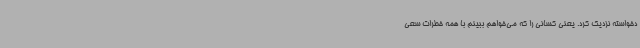
دخواسته نزدیک کرد. یعنی کسانی را که می‌خواهم ببینم با همه خطرات سعی